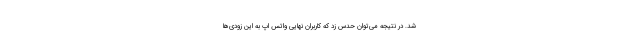
شد. در نتیجه می‌توان حدس زد که کاربران نهایی واتس اپ به این زودی‌ها